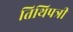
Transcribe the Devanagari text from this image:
तिथिपत्री